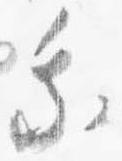
乗